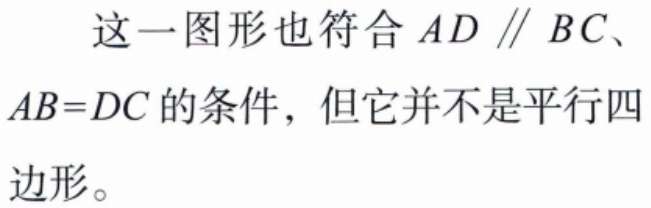
这一图形也符合 \(AD \parallel BC\)、\(AB = DC\) 的条件，但它并不是平行四边形。